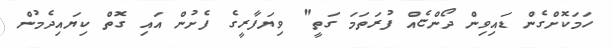
ހަމަކޮށްގެން ޑައިވިން ދޯންޏެއް ފުރަތަމަ ގަތީ" ވިޔަފާރީގެ ފެށުން އައި ގޮތް ކިޔައިދެމުން